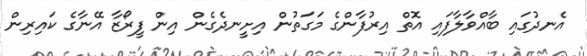
އެނދުގައި ބާއްވާލާފައި އޮތް އިރުފާންގެެ މަގަތުން އިށީނދެގެން އިން ފީރޯޒާ އޭނާގެ ކައިރިން